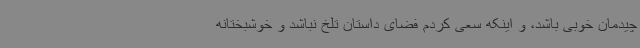
چیدمان خوبی باشد، و اینکه سعی کردم فضای داستان تلخ نباشد و خوشبختانه